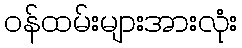
ဝန်ထမ်းများအားလုံး